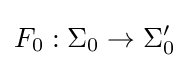
F_{0}:\Sigma _{0}\to \Sigma '_{0}